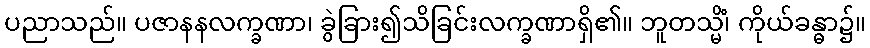
ပညာသည်။ ပဇာနနလက္ခဏာ၊ ခွဲခြား၍သိခြင်းလက္ခဏာရှိ၏။ ဘူတသ္မိံ၊ ကိုယ်ခန္ဓာ၌။